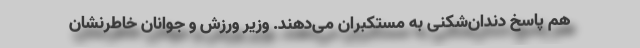
هم پاسخ دندان‌شکنی به مستکبران می‌‌دهند. وزیر ورزش و جوانان خاطرنشان